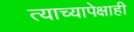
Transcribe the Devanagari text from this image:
त्याच्यापेक्षाही